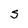
Character: S